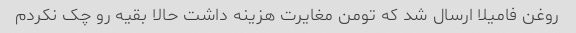
روغن فامیلا ارسال شد که تومن مغایرت هزینه داشت حالا بقیه رو چک نکردم